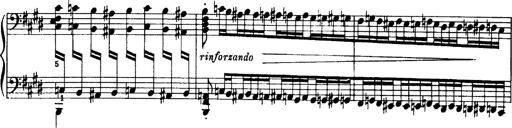
Title: OuvertÃ¼re zu TannhÃ¤user
Composer: Franz Liszt